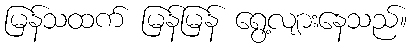
မြန်သထက် မြန်မြန် ရွေ့လျားနေသည်။